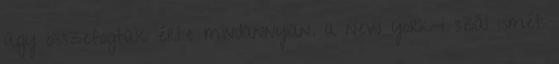
úgy összefogtak érte mindannyian. a new york-i szál ismét